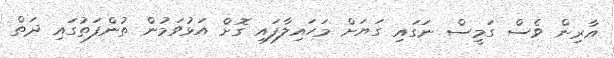
އާރިން ވެސް ގަމީސް ނަގައި ގަޔަށް މަހައިލާފައި ގޮށް އަޅުވަމުން ތުންފަތުގައި ދަތް